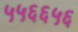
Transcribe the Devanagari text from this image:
५५६६५६